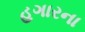
હગારના